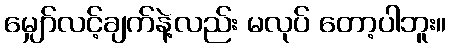
မျှော်လင့်ချက်နဲ့လည်း မလုပ် တော့ပါဘူး။